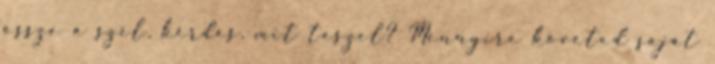
össze a szél, kérdés, mit teszel? Mennyire követed saját